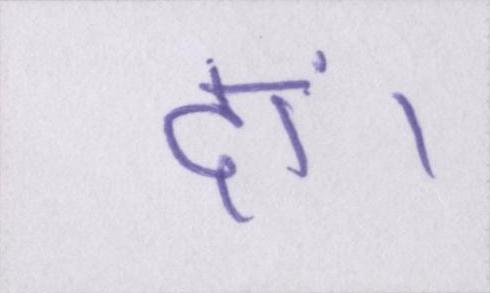
दां।